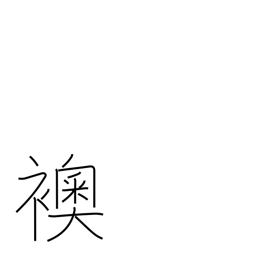
Meaning: opaque sliding door